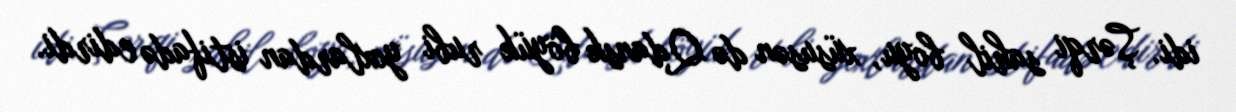
idi. Şərqi sahil boyu, xüsusən də Qdansk böyük rubi yoxlardan istifadə edirdi.